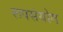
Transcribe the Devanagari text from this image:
रूपसंयोग